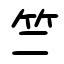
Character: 竺